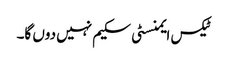
ٹیکس ایمنسٹی سکیم نہیں دوں گا۔